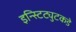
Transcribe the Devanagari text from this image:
इन्स्टिट्युटकडे